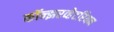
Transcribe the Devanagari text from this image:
कॉन्झरव्हेटरियन